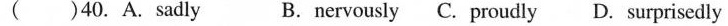
( )40. A. sadly B. nervously C. proudly D. surprisedly